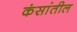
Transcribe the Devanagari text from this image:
कंसांतील